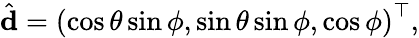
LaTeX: \hat{\mathbf{d}}=\left(\cos\theta\sin\phi,\sin\theta\sin\phi,\cos\phi\right)^{\top},